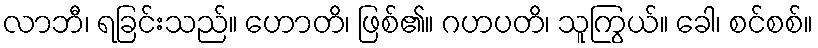
လာဘီ၊ ရခြင်းသည်။ ဟောတိ၊ ဖြစ်၏။ ဂဟပတိ၊ သူကြွယ်။ ခေါ၊ စင်စစ်။